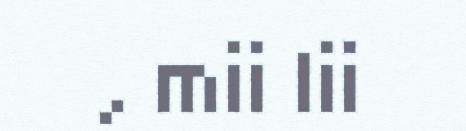
, mii lii